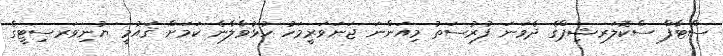
ސްޓާފް ސްކޮލަރޝިޕްގެ ދެވަނަ ފުރުސަތު މިއަންނަ ޖަނަވަރީމަހު ހުޅުވާލާނެ ކަމަށް ޤައުމީ ޔުނިވަރސިޓީގެ